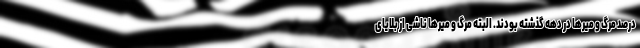
درصد مرگ و میرها در دهه گذشته بودند. البته مرگ و میرها ناشی از بلایای